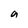
Character: a